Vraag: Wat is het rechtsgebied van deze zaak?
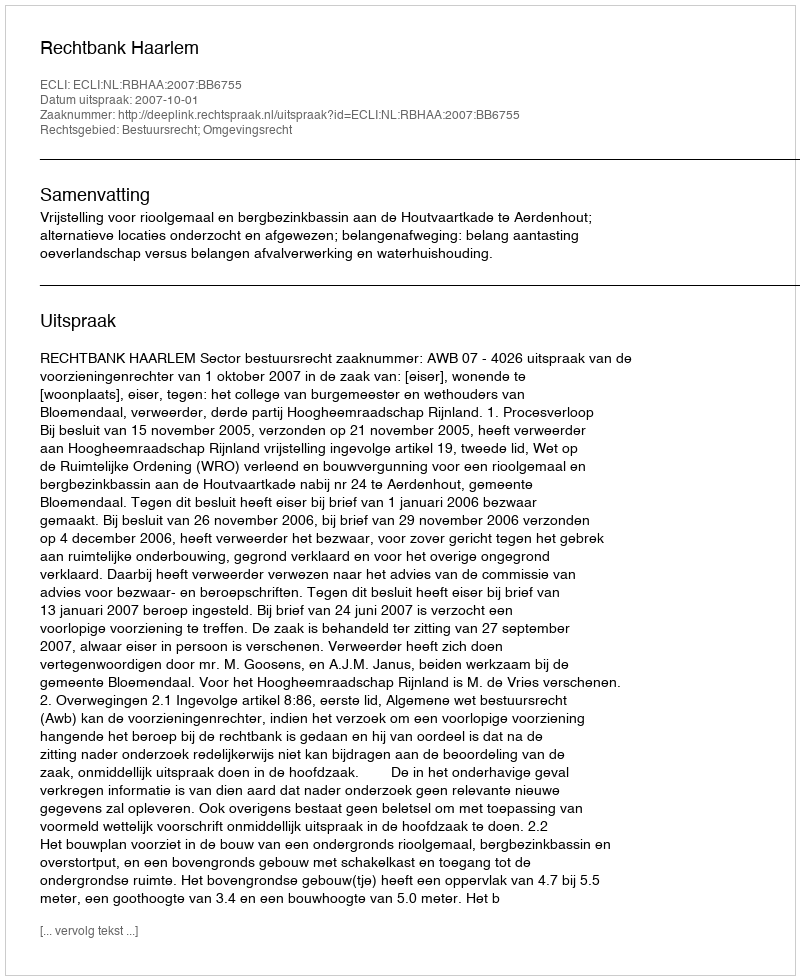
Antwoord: Bestuursrecht; Omgevingsrecht